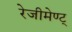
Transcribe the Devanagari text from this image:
रेजीमेण्ट्